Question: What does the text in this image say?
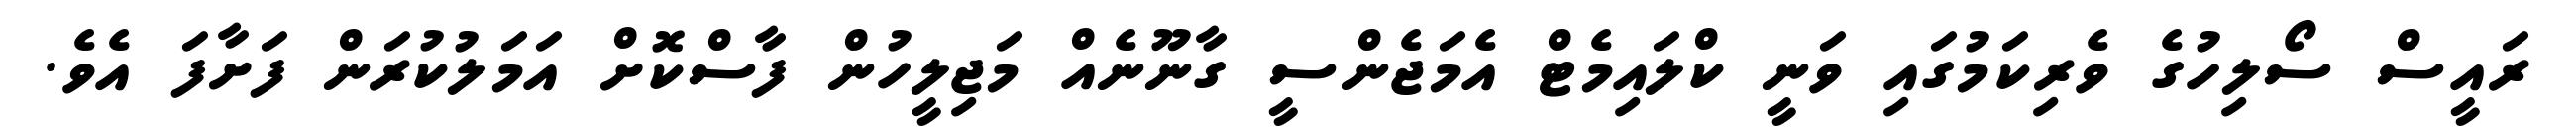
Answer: ރައީސް ސޯލިހުގެ ވެރިކަމުގައި ވަނީ ކްލައިމެޓް އެމަޖެންސީ ގާނޫނެއް މަޖިލީހުން ފާސްކޮށް އަމަލުކުރަން ފަށާފަ އެވެ.